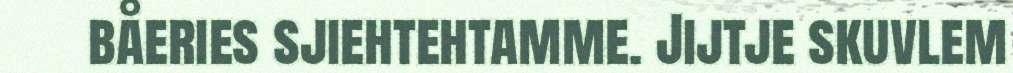
båeries sjiehtehtamme. Jijtje skuvlem